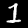
Label: 1